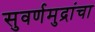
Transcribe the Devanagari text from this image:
सुवर्णमुद्रांचा